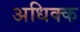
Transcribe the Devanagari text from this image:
अधिक्क